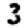
Digit: 3